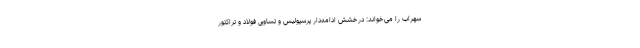
سهراب را می‌خواند: درخشش ادامه‌دار پرسپولیس و تساوی فولاد و تراکتور